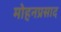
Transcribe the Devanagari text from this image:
मोहनप्रसाद